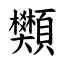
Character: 䫶